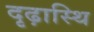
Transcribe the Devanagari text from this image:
दृढ़ास्थि